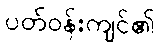
ပတ်ဝန်းကျင်၏